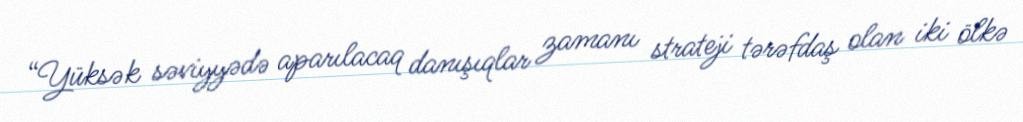
“Yüksək səviyyədə aparılacaq danışıqlar zamanı strateji tərəfdaş olan iki ölkə